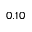
0 . 1 0